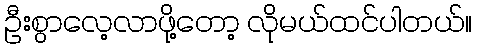
ဦးစွာလေ့လာဖို့တော့ လိုမယ်ထင်ပါတယ်။